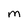
Character: m